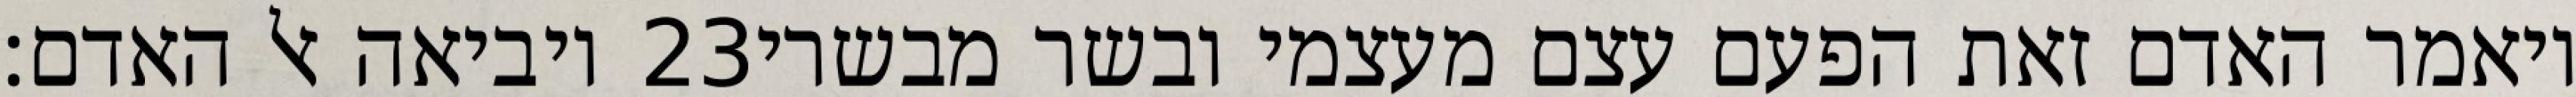
ויביאה אל האדם׃ ‎23‏ ויאמר האדם זאת הפעם עצם מעצמי ובשר מבשרי